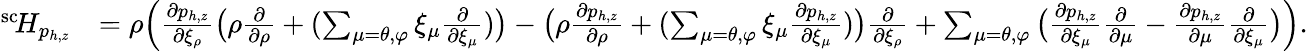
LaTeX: \begin{array}{rl}{^{\mathrm{sc}}\! H_{p_{h,z}}}&{=\rho\Big(\frac{\partial p_{h,z}}{\partial\xi_{\rho}}\big(\rho\frac{\partial}{\partial\rho}+(\sum_{\mu=\theta,\varphi}\xi_{\mu}\frac{\partial}{\partial\xi_{\mu}})\big)-\big(\rho\frac{\partial p_{h,z}}{\partial\rho}+(\sum_{\mu=\theta,\varphi}\xi_{\mu}\frac{\partial p_{h,z}}{\partial\xi_{\mu}})\big)\frac{\partial}{\partial\xi_{\rho}}+\sum_{\mu=\theta,\varphi}\big(\frac{\partial p_{h,z}}{\partial\xi_{\mu}}\frac{\partial}{\partial\mu}-\frac{\partial p_{h,z}}{\partial\mu}\frac{\partial}{\partial\xi_{\mu}}\big)\Big).}\end{array}